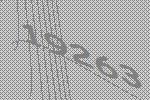
19263